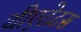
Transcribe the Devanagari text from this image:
थीएटेटस